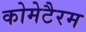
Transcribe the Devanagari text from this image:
कोमेटैरम